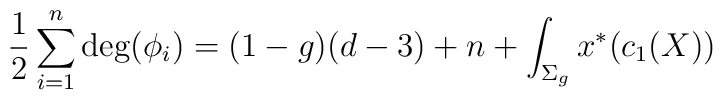
{1 \over 2}\sum_{i=1}^n {\rm deg}(\phi_i)=(1-g)(d -3) + n +\int_{\Sigma_g} x^*(c_1(X))